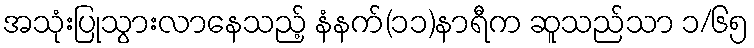
အသုံးပြုသွားလာနေသည့် နံနက်(၁၁)နာရီက ဆူသည်သာ ၁/၆၅